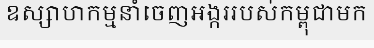
ឧស្សាហកម្មនាំចេញអង្កររបស់កម្ពុជាមក